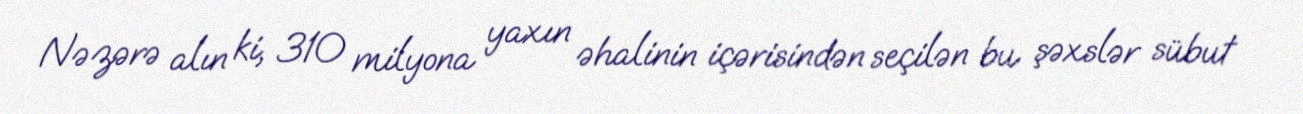
Nəzərə alın ki, 310 milyona yaxın əhalinin içərisindən seçilən bu şəxslər sübut